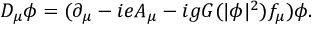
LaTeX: { \cal D } _ { \mu } \phi = ( \partial _ { \mu } - i e A _ { \mu } - i g G ( | \phi | ^ { 2 } ) f _ { \mu } ) \phi .